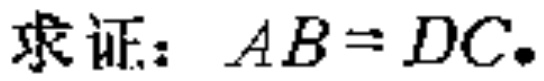
求证：\(AB = DC\)。